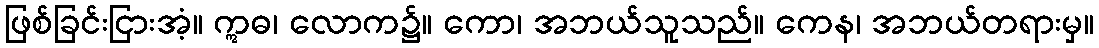
ဖြစ်ခြင်းငြားအံ့။ ဣဓ၊ လောက၌။ ကော၊ အဘယ်သူသည်။ ကေန၊ အဘယ်တရားမှ။